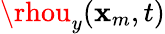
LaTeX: \rhou_{y}(\mathbf{x}_{m},t)